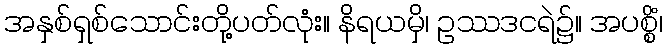
အနှစ်ရှစ်သောင်းတို့ပတ်လုံး။ နိရယမှိ၊ ဥဿဒငရဲ၌။ အပစ္စိံ၊